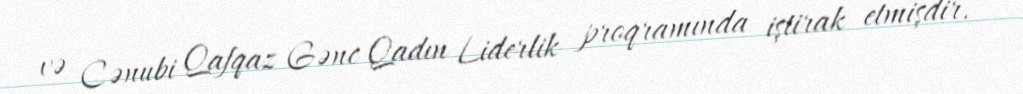
və Cənubi Qafqaz Gənc Qadın Liderlik proqramında iştirak etmişdir.